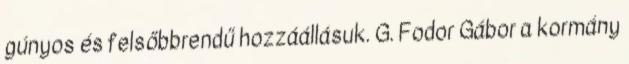
gúnyos és felsőbbrendű hozzáállásuk. G. Fodor Gábor a kormány